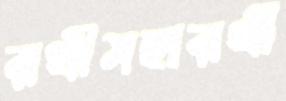
রথীমহারথী